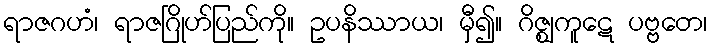
ရာဇဂဟံ၊ ရာဇဂြိုဟ်ပြည်ကို။ ဥပနိဿာယ၊ မှီ၍။ ဂိဇ္ဈကူဋေ ပဗ္ဗတေ၊